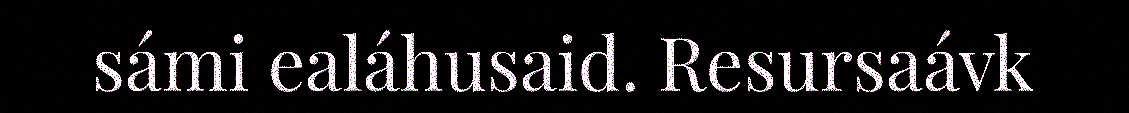
sámi ealáhusaid. Resursaávk